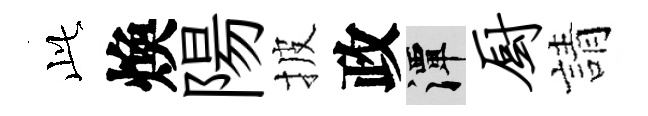
𬼘煥陽披政潭厨請